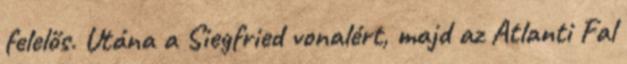
felelős. Utána a Siegfried vonalért, majd az Atlanti Fal